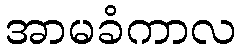
အာမခံကာလ